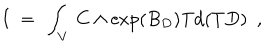
I \ = \ \int _ { V } \, C \wedge \exp ( B _ { D } ) \mathrm { T d } ( T D ) \ \ ,